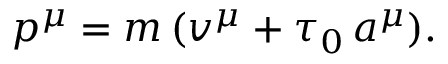
p ^ { \mu } = m \, ( v ^ { \mu } + \tau _ { 0 } \, a ^ { \mu } ) .